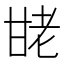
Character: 𰢩